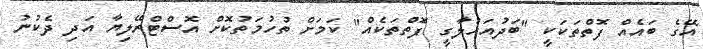
އޭގެ ބައެއް ފޮތްތަކަކީ "ބަދުއަހުލާގީ ފޮތްތަކެއް" ކަމަށް ތުހުމަތުކޮށް އޮސްޓްރޭލިޔާ އަދި ދެކުނު